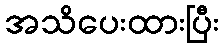
အသိပေးထားပြီး